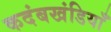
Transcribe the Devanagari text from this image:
कदंबखंडियाँ